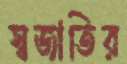
স্বজাতির